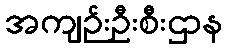
အကျဉ်းဦးစီးဌာန